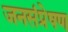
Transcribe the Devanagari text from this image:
जनसंप्रेषण